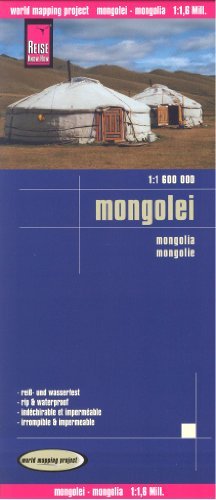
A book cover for Mongolia 1:1,600,000 Travel Map, waterproof, GPS-compatible REISE, 2013 edition; Peter Rump; Travel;